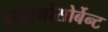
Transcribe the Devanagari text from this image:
इम्यूनोसोर्बेन्ट